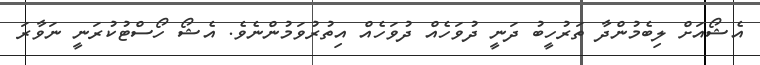
އެޝޯއަށް ލިބެމުންދާ ތަރުހީބު ދަނީ ދުވަހެއް ދުވަހެއް އިތުރުވަމުންނެވެ. އެޝޯ ހޯސްޓުކުރަނީ ނަވާރަ